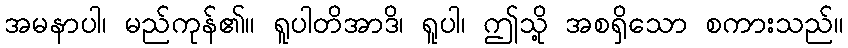
အမနာပါ၊ မည်ကုန်၏။ ရူပါတိအာဒိ၊ ရူပါ၊ ဤသို့ အစရှိသော စကားသည်။